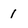
Character: 1